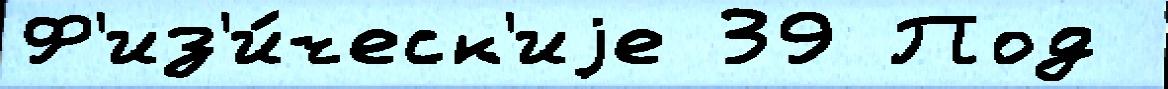
Ф'из'и́ческ'иjе 39 Под